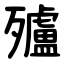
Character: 㱺